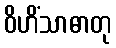
ဝိဟိံသာဓာတု